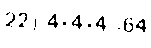
22) 4×4×4=64